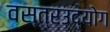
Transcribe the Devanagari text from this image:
वस्त्रउद्योग